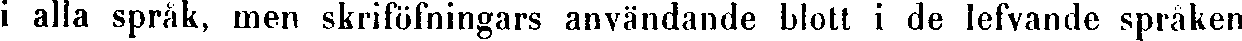
i alla språk, men skriföfningars användande blott i de lefvande språken